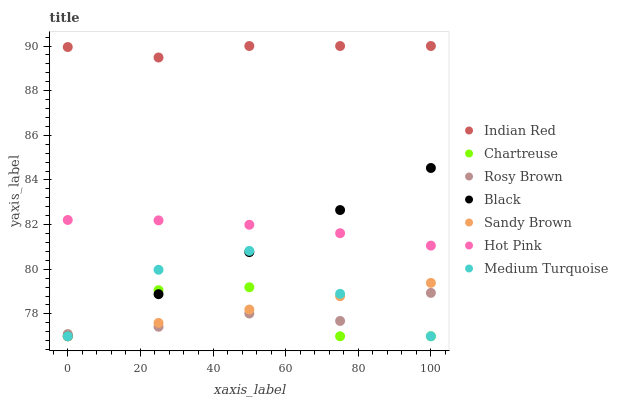
| xaxis_label | Indian Red | Chartreuse | Rosy Brown | Black | Sandy Brown | Hot Pink | Medium Turquoise |
 | --- | --- | --- | --- | --- | --- | --- | --- |
 | 0 | 90 | 77 | 77.1 | 77 | 77 | 82.2 | 77 |
 | 25 | 89.5 | 79.1 | 77.4 | 78.9 | 77.6 | 82.2 | 80 |
 | 50 | 90 | 79.2 | 78 | 80.8 | 78.2 | 82 | 80.8 |
 | 75 | 90 | 77 | 77.7 | 82.7 | 78.8 | 81.6 | 78.9 |
 | 100 | 90 | 77 | 78.9 | 84.5 | 79.4 | 81.1 | 77 |